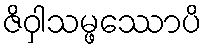
ဇိဝှါသမ္ဖဿောပိ